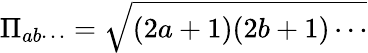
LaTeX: \Pi_{ab\cdots}=\sqrt{(2a+1)(2b+1)\cdots}